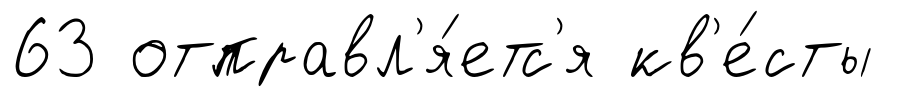
63 отправл'я́етс'я кв'е́сты